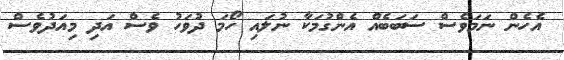
އެހެން ނަމަވެސް ސަބަބެއް އެންގުމަކާ ނުލައި ހޯމަ ދުވަހު ވެސް އަދި މިއަދުވެސް